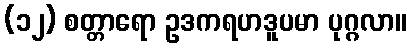
(၁၂) စတ္တာရော ဥဒကရဟဒူပမာ ပုဂ္ဂလာ။